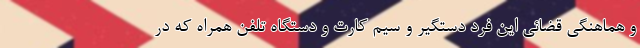
و هماهنگی قضائی این فرد دستگیر و سیم کارت و دستگاه تلفن همراه که در